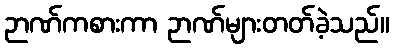
ဉာဏ်ကစားကာ ဉာဏ်များတတ်ခဲ့သည်။